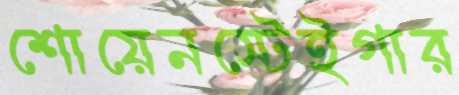
শোয়েনস্টেইগার